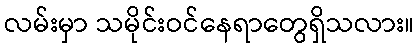
လမ်းမှာ သမိုင်းဝင်နေရာတွေရှိသလား။